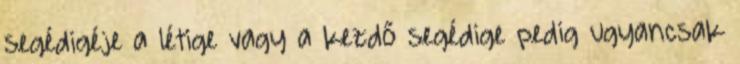
segédigéje a létige vagy a kezdő segédige pedig ugyancsak